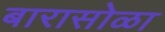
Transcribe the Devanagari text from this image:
बारासोळा